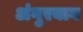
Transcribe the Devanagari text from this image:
अंगुरबाग